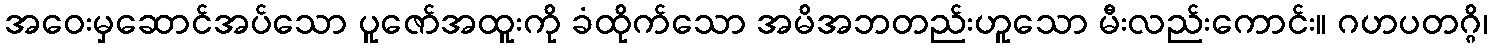
အဝေးမှဆောင်အပ်သော ပူဇော်အထူးကို ခံထိုက်သော အမိအဘတည်းဟူသော မီးလည်းကောင်း။ ဂဟပတဂ္ဂိ၊